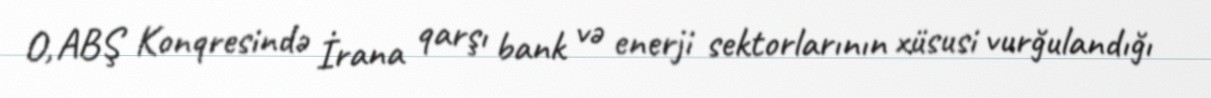
O, ABŞ Konqresində İrana qarşı bank və enerji sektorlarının xüsusi vurğulandığı